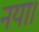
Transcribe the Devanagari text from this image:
नया।